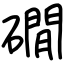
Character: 礀